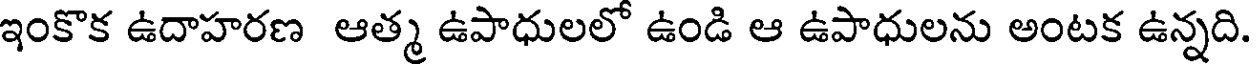
ఇంకొక ఉదాహరణ ఆత్మ ఉపాధులలో ఉండి ఆ ఉపాధులను అంటక ఉన్నది